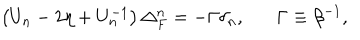
LaTeX: \left( U _ { n } - 2 \eta + U _ { n } ^ { - 1 } \right) \Delta _ { F } ^ { n } = - \Gamma \delta _ { n } , \Gamma \equiv \beta ^ { - 1 } ,